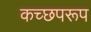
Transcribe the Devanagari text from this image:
कच्छपरूप